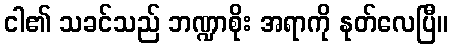
ငါ၏ သခင်သည် ဘဏ္ဍာစိုး အရာကို နုတ်လေပြီ။